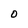
Character: O